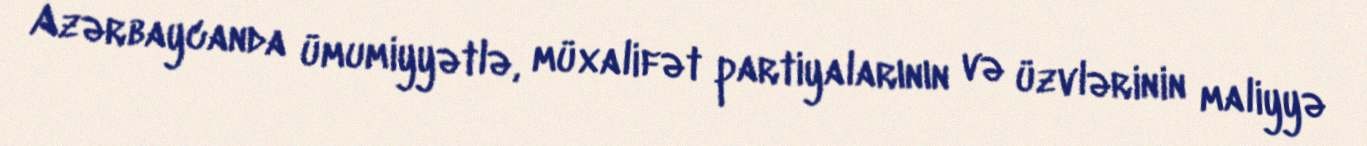
Azərbaycanda ümumiyyətlə, müxalifət partiyalarının və üzvlərinin maliyyə